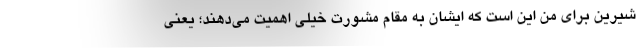
شیرین برای من این است که ایشان به مقام مشورت خیلی اهمیت می‌دهند؛ یعنی